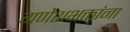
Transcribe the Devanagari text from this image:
गणेशभक्तांना